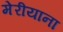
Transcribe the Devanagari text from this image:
मेरीयाना